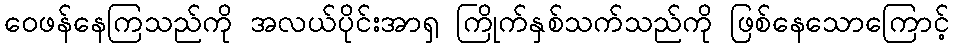
ဝေဖန်နေကြသည်ကို အလယ်ပိုင်းအာရှ ကြိုက်နှစ်သက်သည်ကို ဖြစ်နေသောကြောင့်